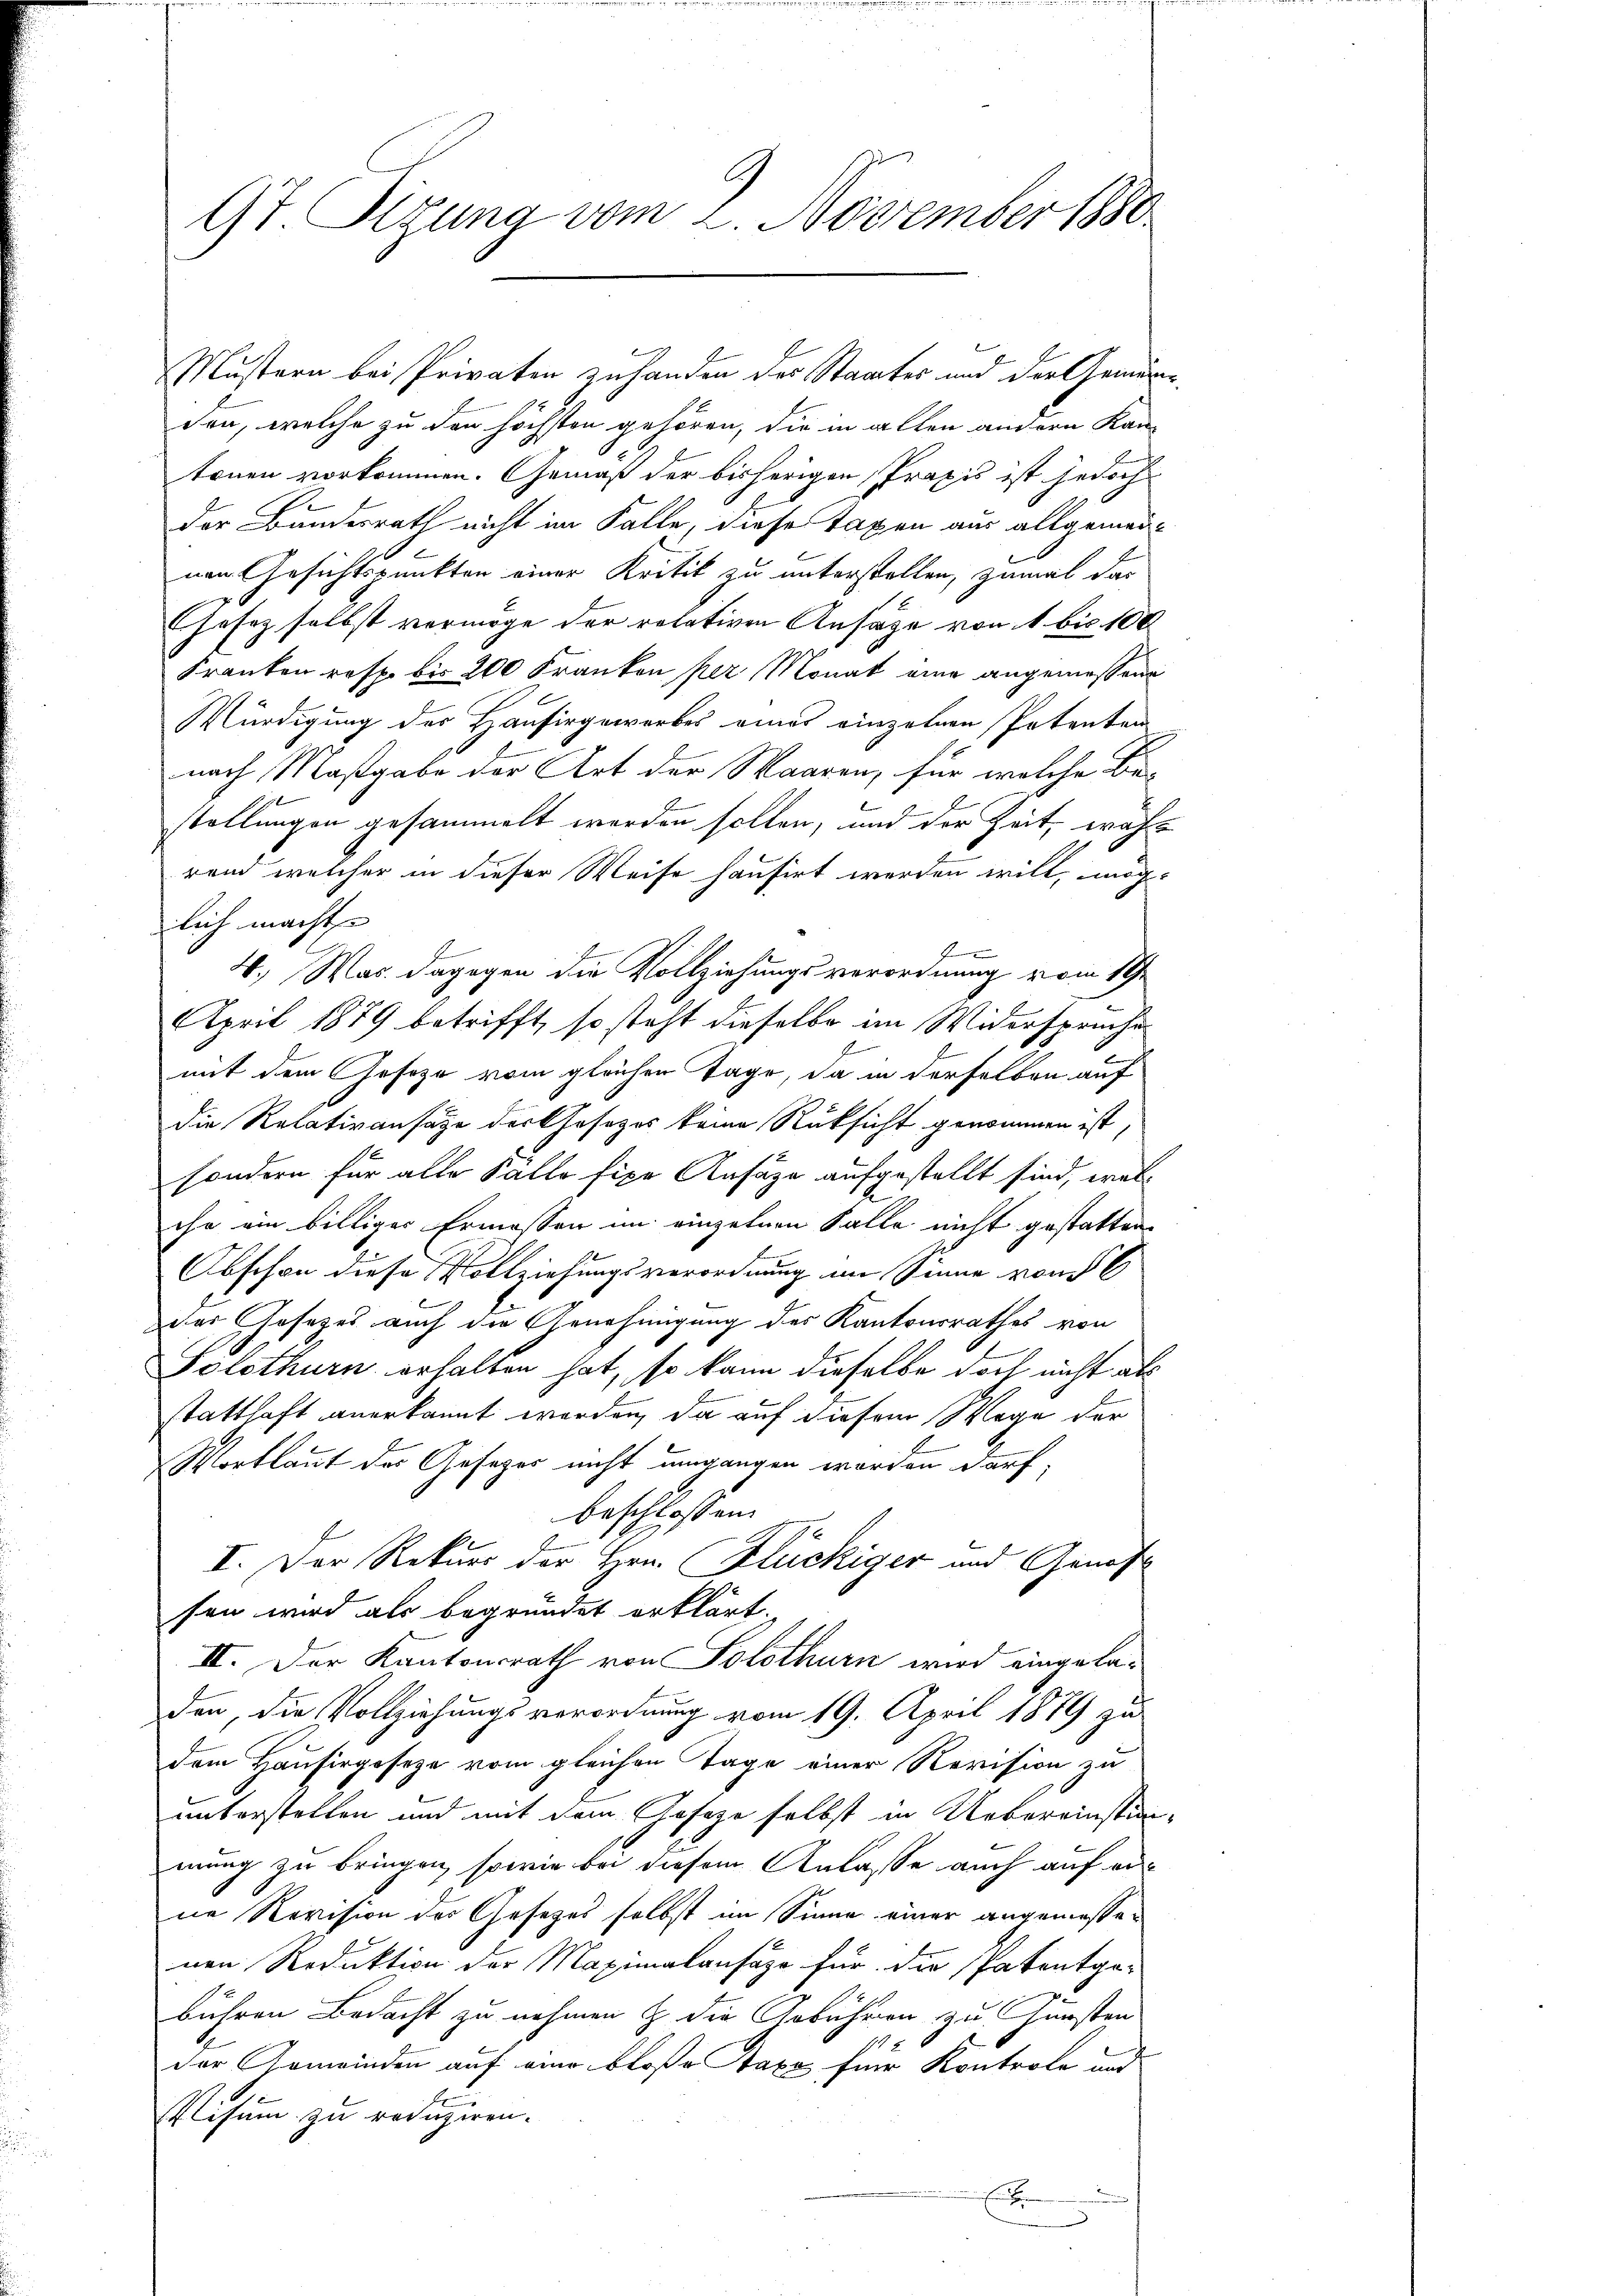
9t. Olgung vom 2. November 1880

den, welche zu den höchsten gehören, die in allen andern Kan-
tonen vorkommen. Gemäß der bisherigen Praxis ist jedoch
der Bundesrath nicht im Falle, diese Taxen aus allgemeinnem Gesichtspunkten einer Kritik zu unterstellen, zumal das
Ehesaz selbst vermöge der relativen Ansäge von 1 bis 100
Franken resp. bis 200 Franken per Monat eine angemessene
Würdigung des Hausirgeworbes eines einzelnen Patenten
nach Maßgabe der Art der Waaren, für welche Be-
stellungen gesammelt werden sollen, und der Zeit, währ
rend welcher in dieser Weise hausirt werden will, möglich macht
f
4., Was dagegen die Vollziehungsverordnung vom 19.
April 1879 betrifft, so steht dieselbe im Widerspruchen
mit dem Geseze vom gleichen Tage, da in derselben auf
die Relativansätze darthesezes keine Rüksicht genommen ist,
sondern für alle Salle fixe Ansätze aufgestellt sind, welche ein billiger Ermessen im einzelnen Falle nicht gestatten,
Abschon diese Vollziehungsverordnung im Sinne vom 6
das Gesetzes auch die Genehmigung des Kantonsrathes von
Folothurn erhalten hat, so kann dieselbe doch nicht als
statthaft anerkannt worden, da auf diesem Wege der
Wortlaut des Gesezes nicht umgangen worden darf,
beschlossen:
I. Der Rekurs der Hrn. Flückiger und Genoss
sen wird als begründet erklärt.
II. Der Kantonsrath von Solothurn wird eingeladen, die Vollziehungsverordnung vom 19. April 1879 zu
dem Hausirgeseze vom gleichen Tage einer Revision zu
unterstellen und mit dem Gesetze selbst in Uebereinstän-
mung zu bringen, sowie bei diesem Anlasse auch auf erne Revision des Gesetzes selbst im Sinne einer angemessenen Reduktion der Maximalansaze für die Patentge-
bühren Bedacht zu nehmen & die Gebühren zu Fürsten
der Gemeinden auf eine bloße Taxe für Kontrole und
Plisum zu reduziren.
E

Mustern bei Privaten zuhanden des Staates und der Gemein¬